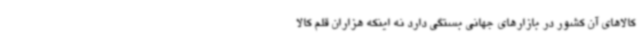
کالاهای آن کشور در بازارهای جهانی بستگی دارد نه اینکه هزاران قلم کالا